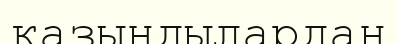
қазындылардан